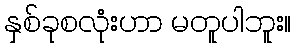
နှစ်ခုစလုံးဟာ မတူပါဘူး။